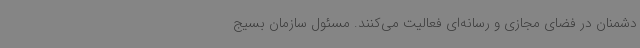
دشمنان در فضای مجازی و رسانه‌ای فعالیت می‌کنند. مسئول سازمان بسیج